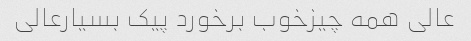
عالی همه چیزخوب برخورد پیک بسیارعالی